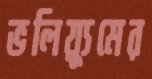
ভলিয়্যুমের